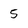
Character: 5